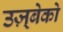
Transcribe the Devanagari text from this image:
उज़्बेको